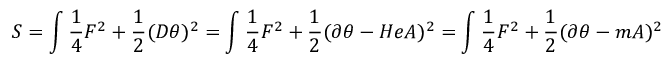
S = \int { \frac { 1 } { 4 } } F ^ { 2 } + { \frac { 1 } { 2 } } ( D \theta ) ^ { 2 } = \int { \frac { 1 } { 4 } } F ^ { 2 } + { \frac { 1 } { 2 } } ( \partial \theta - H e A ) ^ { 2 } = \int { \frac { 1 } { 4 } } F ^ { 2 } + { \frac { 1 } { 2 } } ( \partial \theta - m A ) ^ { 2 }